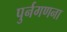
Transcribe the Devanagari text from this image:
पुर्नगणना